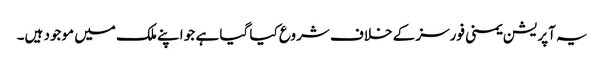
یہ آپریشن یمنی فورسز کے خلاف شروع کیا گیا ہے جو اپنے ملک میں موجود ہیں۔